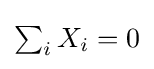
{\textstyle \sum _{i}X_{i}=0}